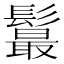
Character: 𩯉